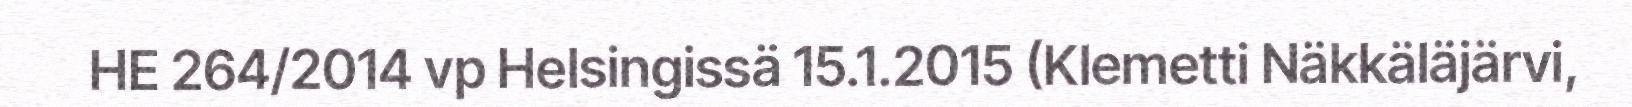
HE 264/2014 vp Helsingissä 15.1.2015 (Klemetti Näkkäläjärvi,